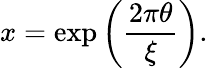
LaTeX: x=\exp\left(\frac{2\pi\theta}{\xi}\right).